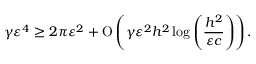
\gamma \varepsilon ^ { 4 } \geq 2 \pi \varepsilon ^ { 2 } + \ensuremath { \operatorname { O } \left( \gamma \varepsilon ^ { 2 } h ^ { 2 } \log { \left( \frac { h ^ { 2 } } { \varepsilon c } \right) } \right) } .